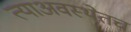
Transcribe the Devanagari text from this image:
त्याअवस्थेतच